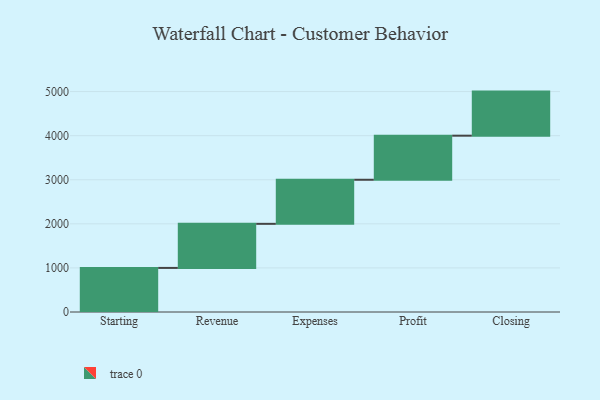
{"axis": {"x": "Step", "y": "Value"}, "legend": [""], "data": [{"x": "Starting", "y": 1000, "type": ""}, {"x": "Revenue", "y": 1000, "type": ""}, {"x": "Expenses", "y": 1000, "type": ""}, {"x": "Profit", "y": 1000, "type": ""}, {"x": "Closing", "y": 1000, "type": ""}]}